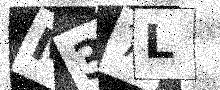
Text: M37L